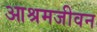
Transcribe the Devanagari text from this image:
आश्रमजीवन